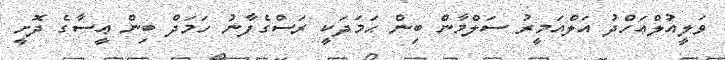
ވަލީއުލްޢަހްދު އަލްއަމީރު ސަލްމާން ބިން ޙަމަދަކީ ރަސްގެފާނު ހަމަދް ބިން ޢީސާގެ ދޮށީ